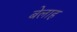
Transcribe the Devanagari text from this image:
बेलाह